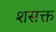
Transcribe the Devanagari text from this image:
शसक्त